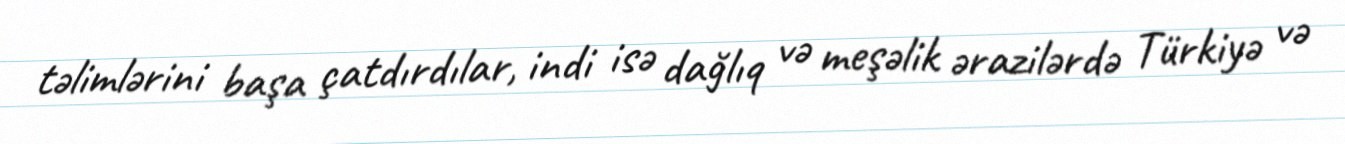
təlimlərini başa çatdırdılar, indi isə dağlıq və meşəlik ərazilərdə Türkiyə və